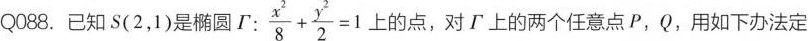
Q088。已知S(2，1)是椭圆\tau: $$\frac { x ^ { 2 } } { 8 } + \frac { y ^ { 2 } } { 2 } = 1$$ 的点，对\tau 上的两个任意点P，Q，用如下办法定